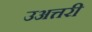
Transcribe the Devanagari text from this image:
उअत्तरी